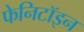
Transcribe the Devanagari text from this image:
फेनिटॉइन